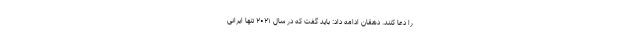
را دعا کنند. دهقان ادامه داد: باید گفت که در سال ۲۰۲۱ تنها ایرانی